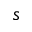
s